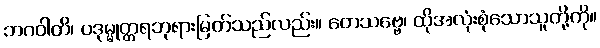
ဘဂဝါတိ၊ ပဒုမ္မုတ္တရဘုရားမြတ်သည်လည်း။ တေသဗ္ဗေ၊ ထိုအလုံးစုံသောသူတို့ကို။